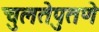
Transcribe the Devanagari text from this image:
चुलतेपुतणे